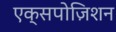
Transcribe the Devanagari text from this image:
एक्सपोज़िशन